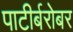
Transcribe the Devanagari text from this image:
पाटीर्बरोबर